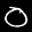
Label: 0